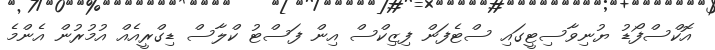
އޮކްސްފޯޑު ޔުނިވާސިޓީގައި ސްޓެފަން ފިޒިކްސް އިން ފަސްޓު ކްލާސް ޑިގްރީއެއް އުމުރުން އެންމެ